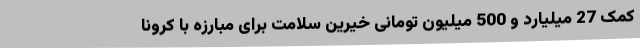
کمک 27 میلیارد و 500 میلیون تومانی خیرین سلامت برای مبارزه با کرونا